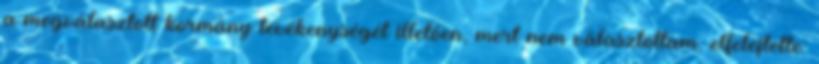
a megválasztott kormány tevékenységét illetően, mert nem választottam. elfelejtette: